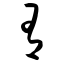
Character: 有